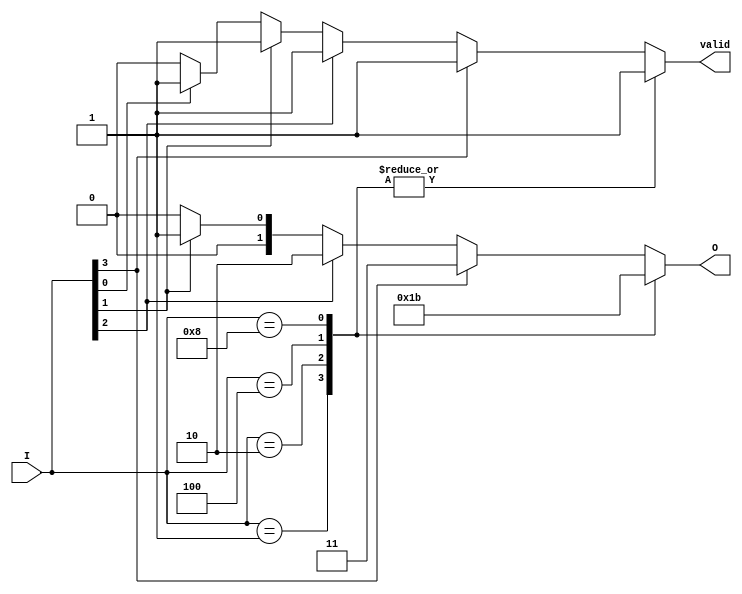
module one_of_n_encoder (
    input wire [3:0] I,      // 4 input lines
    output reg [1:0] O,      // 2-bit output for 4 inputs
    output reg valid          // Indicates if the output is valid
);

    always @(*) begin
        // Default output values
        O = 2'b00; // Default output
        valid = 1'b0; // Default valid signal

        case (I)
            4'b0001: begin O = 2'b00; valid = 1'b1; end // I[0] active
            4'b0010: begin O = 2'b01; valid = 1'b1; end // I[1] active
            4'b0100: begin O = 2'b10; valid = 1'b1; end // I[2] active
            4'b1000: begin O = 2'b11; valid = 1'b1; end // I[3] active
            default: begin
                // If multiple inputs are active, prioritize the highest index
                if (I[3]) begin O = 2'b11; valid = 1'b1; end // I[3] active
                else if (I[2]) begin O = 2'b10; valid = 1'b1; end // I[2] active
                else if (I[1]) begin O = 2'b01; valid = 1'b1; end // I[1] active
                else if (I[0]) begin O = 2'b00; valid = 1'b1; end // I[0] active
            end
        endcase
    end
endmodule